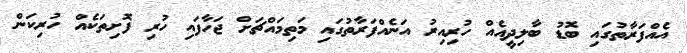
އެއްފަރާތުގައި ބޮޑު ބާލިދީއެއް ހުރިއިރު އަނެއްފަރާތުގައި މަތިމައްޗަށް ޖަހާފައި ހުރި ފޮށިތަކެއް ހުރިކަން